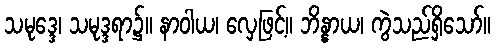
သမုဒ္ဒေ၊ သမုဒ္ဒရာ၌။ နာဝါယ၊ လှေဖြင့်။ ဘိန္နာယ၊ ကွဲသည်ရှိသော်။